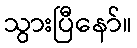
သွားပြီနော်။